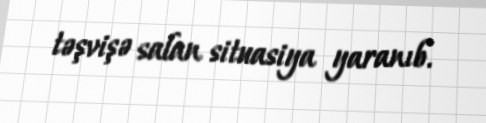
təşvişə salan situasiya yaranıb.